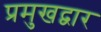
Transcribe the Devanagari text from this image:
प्रमुखद्वार